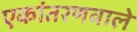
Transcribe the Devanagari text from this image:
एकांतरणवाले